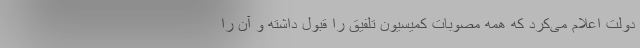
دولت اعلام می‌کرد که همه مصوبات کمیسیون تلفیق را قبول داشته و آن را